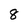
Character: 8